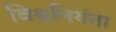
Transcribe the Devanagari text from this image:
विश्वनियंता